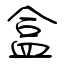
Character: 盒